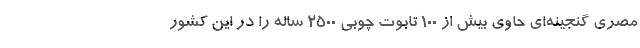
مصری گنجینه‌ای حاوی بیش از ۱۰۰ تابوت چوبی ۲۵۰۰ ساله را در این کشور